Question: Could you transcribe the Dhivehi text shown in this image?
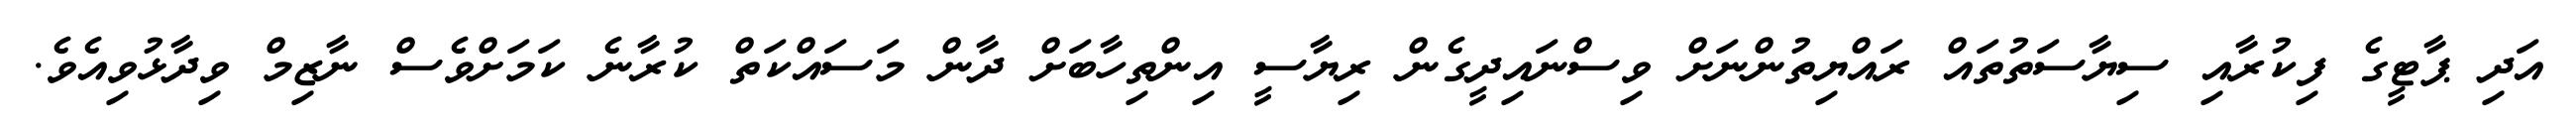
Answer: އަދި ޕާޓީގެ ފިކުރާއި ސިޔާސަތުތައް ރައްޔިތުންނަށް ވިސްނައިދީގެން ރިޔާސީ އިންތިހާބަށް ދާން މަސައްކަތް ކުރާނެ ކަމަށްވެސް ނާޒިމް ވިދާޅުވިއެވެ.